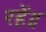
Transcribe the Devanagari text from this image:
रहें॥